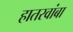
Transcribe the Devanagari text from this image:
हातरवांबा